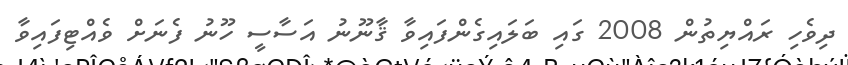
ދިވެހި ރައްޔިތުން 2008 ގައި ބަލައިގެންފައިވާ ޤާނޫނު އަސާސީ ހޫނު ފެނަށް ވެއްޓިފައިވާ